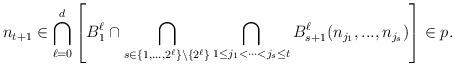
LaTeX: \begin{align*}n_{t+1}\in\bigcap_{\ell=0}^d\left[B_1^\ell\cap \bigcap_{s\in\{1,...,2^\ell\}\setminus\{2^\ell\}}\bigcap_{1\leq j_1<\cdots<j_s\leq t}B_{s+1}^\ell(n_{j_1},...,n_{j_s})\right]\in p.\end{align*}